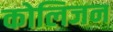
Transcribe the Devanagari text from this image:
कोलिजन